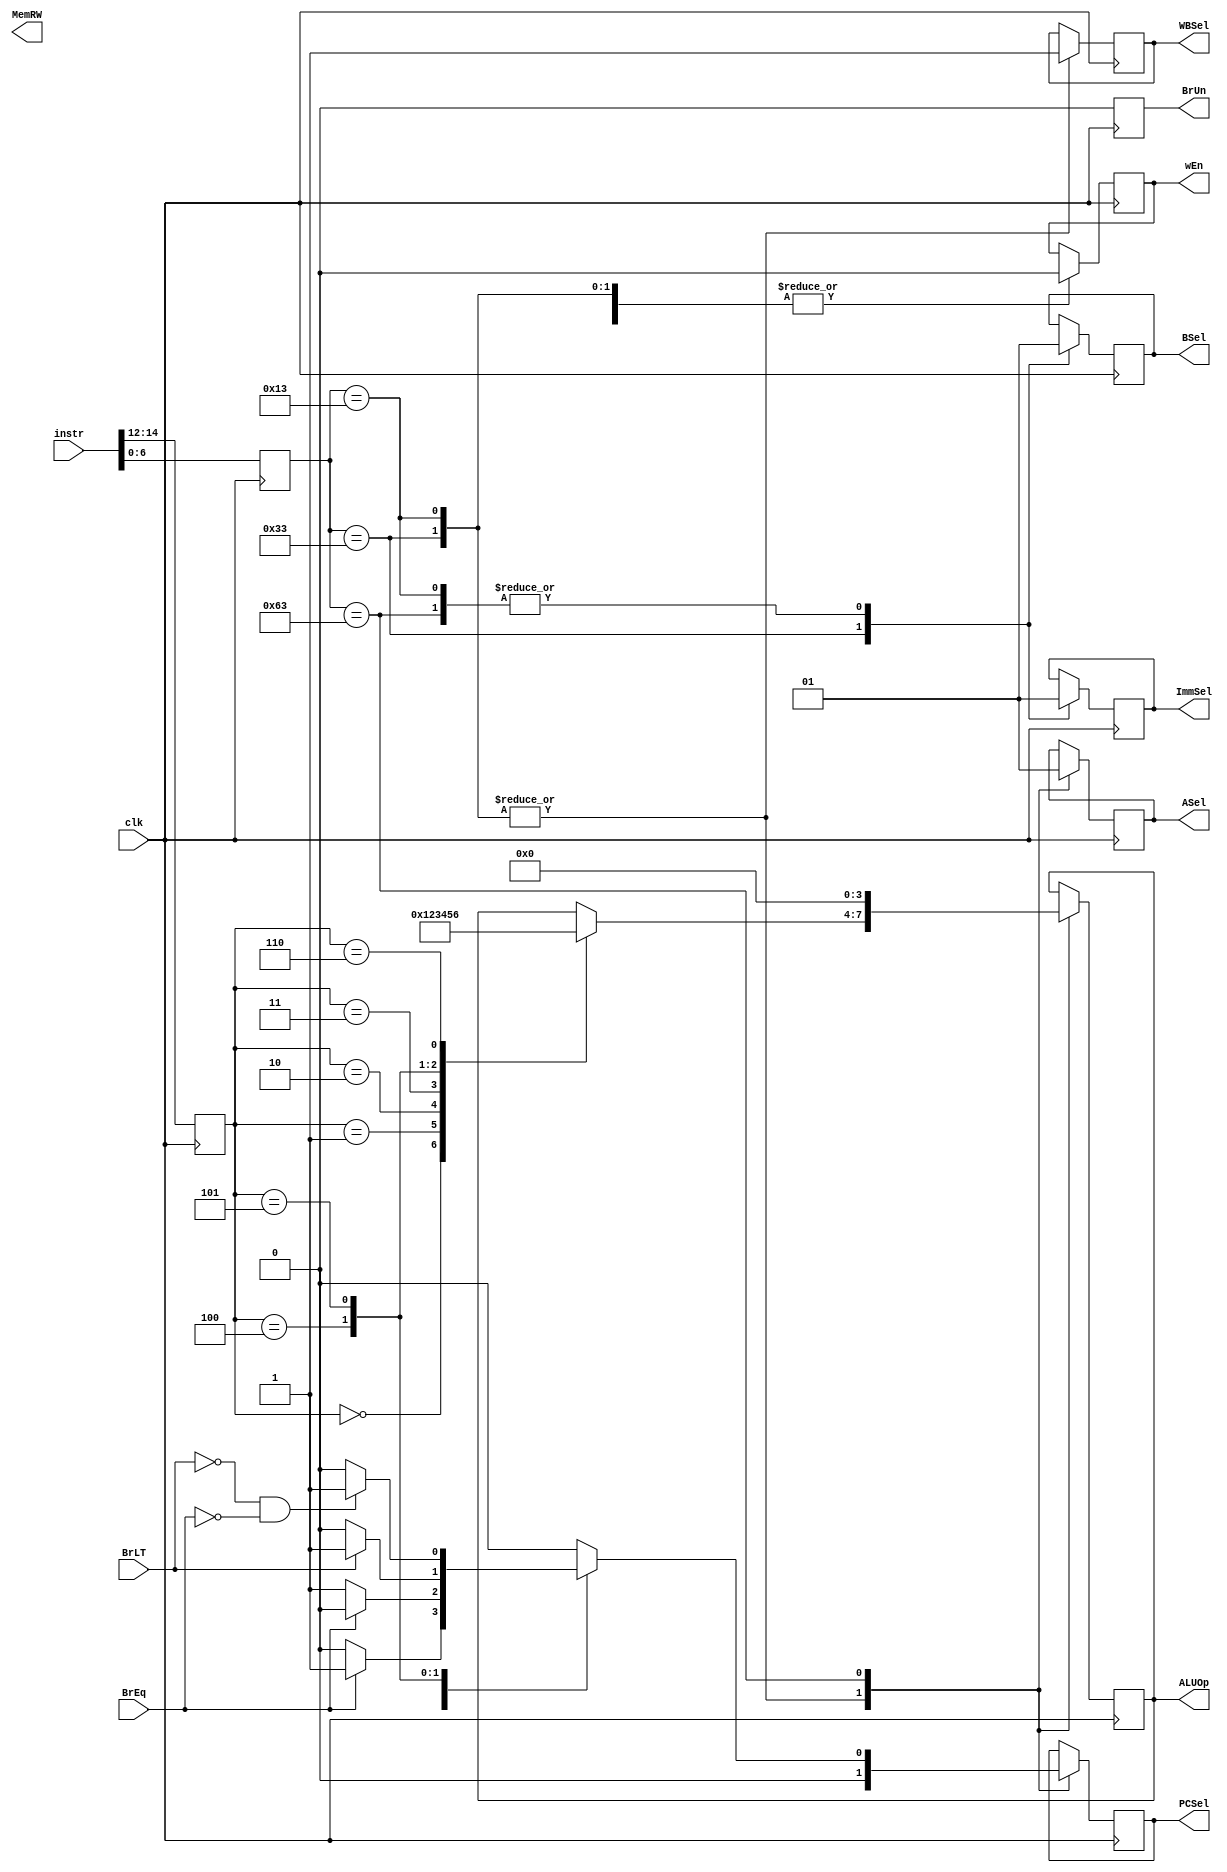
module ControlUnit(instr, clk, wEn, ALUOp, ImmSel, BSel,
MemRW, WBSel, ASel, PCSel, BrUn, BrEq, BrLT);

input [31:0] instr;
input clk;
input BrEq, BrLT;
output reg MemRW, wEn, WBSel, PCSel, ImmSel, ASel, BSel, BrUn;
output reg [3:0] ALUOp;

reg [2:0] funct3;
reg [6:0] funct7, opcode;

always @ (posedge clk) begin
	opcode <= instr[6:0];
	funct3 <= instr[14:12];
	funct7 <= instr[31:25];
	BrUn	 <= 0;
	
	
	 // Control signal generation based on opcode and funct3
			case (opcode)
            7'b0110011: begin// R-type instructions
                ImmSel <= 0; //No imm in R type	
					 wEn    <= 0; //All R type 0->1, FIGURE OUT
					 ASel	  <= 0;
					 BSel	  <= 0;
					 WBSel  <= 1;
					 PCSel  <= 0;
					 
						case (funct3)
							3'b000: ALUOp <= 4'b0000; //ADD
                     3'b001: ALUOp <= 4'b0001; //SUB
							3'b010: ALUOp <= 4'b0010; //AND
							3'b011: ALUOp <= 4'b0011; //OR
							3'b100: ALUOp <= 4'b0100; //XOR
							3'b101: ALUOp <= 4'b0101; //Leftshift
							3'b110: ALUOp <= 4'b0110; //Rightshift
						endcase
					end
						
            7'b0010011: begin// I-type instructions
					ImmSel <= 1; //Imm needed for I type
					wEn    <= 0; //All I type 0->1, FIGURE OUT
					ASel	 <= 0;
					BSel	 <= 1;
					WBSel  <= 1;
					PCSel  <= 0;
					
						case (funct3)
							3'b000: ALUOp <= 4'b0000; //ADD
							3'b001: ALUOp <= 4'b0001; //SUB
							3'b010: ALUOp <= 4'b0010; //AND
							3'b011: ALUOp <= 4'b0011; //OR
							3'b100: ALUOp <= 4'b0100; //XOR
							3'b101: ALUOp <= 4'b0101; //Leftshift
							3'b110: ALUOp <= 4'b0110; //Rightshift
						endcase
					end
						
            7'b1100011: begin // B-type instructions
					ALUOp	 <= 4'b0000; //ADD
					ImmSel <= 1; //Imm needed for B type
					wEn    <= 0; //B type are read only
					ASel	 <= 1;
					BSel	 <= 1;
					//PCSel CONDITIONAL DO IN BRANCH COMPARATOR
						case(funct3)
						  3'b000:
								if (BrEq == 1)
									 PCSel = 1;
								else
									 PCSel = 0;
						  3'b001:
								if (BrEq == 0)
									 PCSel = 1;
								else
									 PCSel = 0;
						  3'b100:
								if (BrLT == 1)
									 PCSel = 1;
								else
									 PCSel = 0;
						  3'b101:
								if (BrLT == 0 && BrEq ==0)
									 PCSel = 1;
						  else
									 PCSel = 0;
						  default:

								PCSel = 0;
					 endcase
						end

        endcase
	
	
	
	
end


       
endmodule